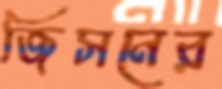
জিসনের